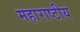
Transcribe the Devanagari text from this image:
महाराष्टीय